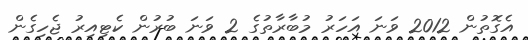
އެގޮތުން 2012 ވަނަ އަހަރު މުބާރާތުގެ 2 ވަނަ ބުރުން ކެޓިއިރު ޖެހިގެން